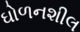
ઘોળનશીલ